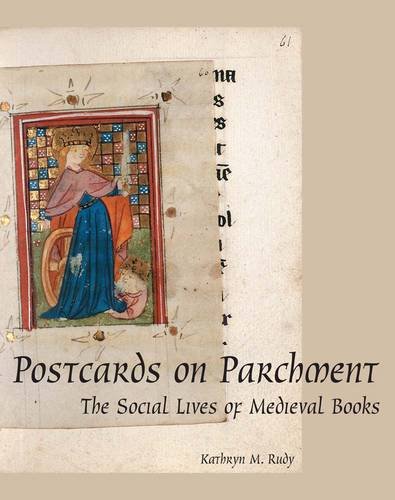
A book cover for Postcards on Parchment: The Social Lives of Medieval Books; Kathryn M. Rudy; Arts & Photography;